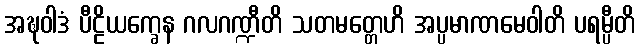
အဍ္ဎဝါဒံ ပီဠိယက္ခေန ဂလဂဏ္ဍီတိ သတမတ္တေဟိ အပ္ပမာဏမေဝါတိ ပရမ္ပီတိ